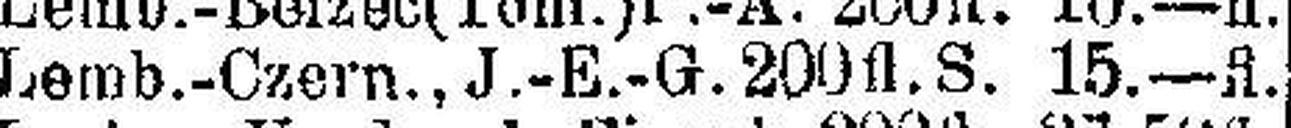
Lemb.-Czem., J.-E.-G. 200 fl. S. 15.-fl.